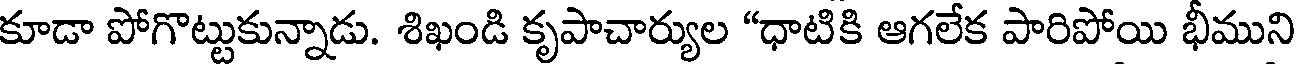
కూడా పోగొట్టుకున్నాడు. శిఖండి కృపాచార్యుల "ధాటికి ఆగలేక పారిపోయి భీముని